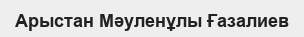
Арыстан Мәуленұлы Ғазалиев